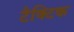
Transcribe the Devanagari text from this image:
टैक्टिक